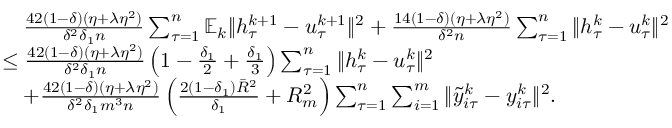
\begin{array} { r l } & { \quad \frac { 4 2 ( 1 - \delta ) ( \eta + \lambda \eta ^ { 2 } ) } { \delta ^ { 2 } \delta _ { 1 } n } \sum _ { \tau = 1 } ^ { n } \mathbb { E } _ { k } \| h _ { \tau } ^ { k + 1 } - u _ { \tau } ^ { k + 1 } \| ^ { 2 } + \frac { 1 4 ( 1 - \delta ) ( \eta + \lambda \eta ^ { 2 } ) } { \delta ^ { 2 } n } \sum _ { \tau = 1 } ^ { n } \| h _ { \tau } ^ { k } - u _ { \tau } ^ { k } \| ^ { 2 } } \\ & { \leq \frac { 4 2 ( 1 - \delta ) ( \eta + \lambda \eta ^ { 2 } ) } { \delta ^ { 2 } \delta _ { 1 } n } \left( 1 - \frac { \delta _ { 1 } } { 2 } + \frac { \delta _ { 1 } } { 3 } \right) \sum _ { \tau = 1 } ^ { n } \| h _ { \tau } ^ { k } - u _ { \tau } ^ { k } \| ^ { 2 } } \\ & { \quad + \frac { 4 2 ( 1 - \delta ) ( \eta + \lambda \eta ^ { 2 } ) } { \delta ^ { 2 } \delta _ { 1 } m ^ { 3 } n } \left( \frac { 2 ( 1 - \delta _ { 1 } ) { \bar { R } } ^ { 2 } } { \delta _ { 1 } } + R _ { m } ^ { 2 } \right) \sum _ { \tau = 1 } ^ { n } \sum _ { i = 1 } ^ { m } \| { \tilde { y } } _ { i \tau } ^ { k } - y _ { i \tau } ^ { k } \| ^ { 2 } . } \end{array}